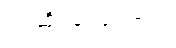
ရင်ဆိုင်ခဲ့ရကြောင်း